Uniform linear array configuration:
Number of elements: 8
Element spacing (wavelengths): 0.25
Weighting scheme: hann
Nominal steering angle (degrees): -45
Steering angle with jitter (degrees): -44.816
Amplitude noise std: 0.05
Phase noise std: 0.05

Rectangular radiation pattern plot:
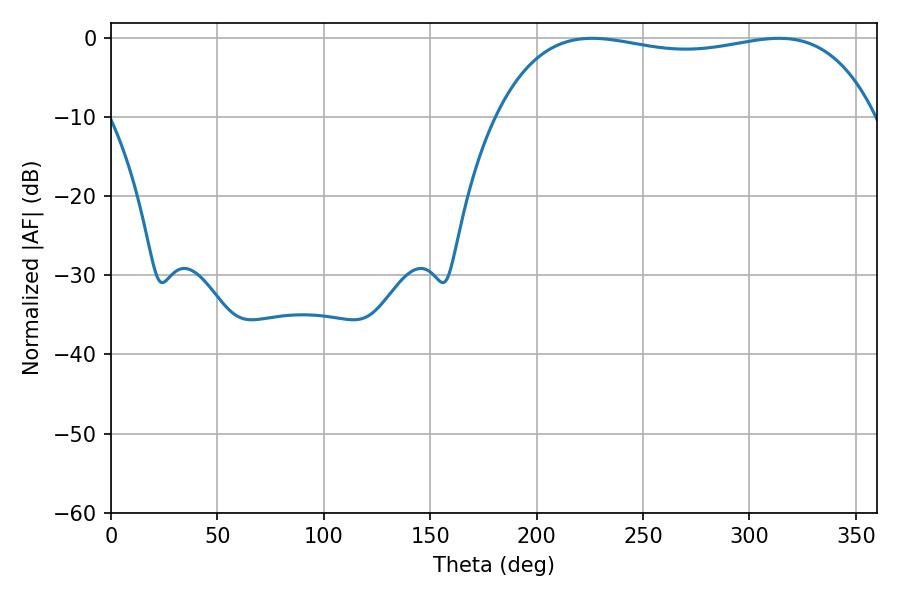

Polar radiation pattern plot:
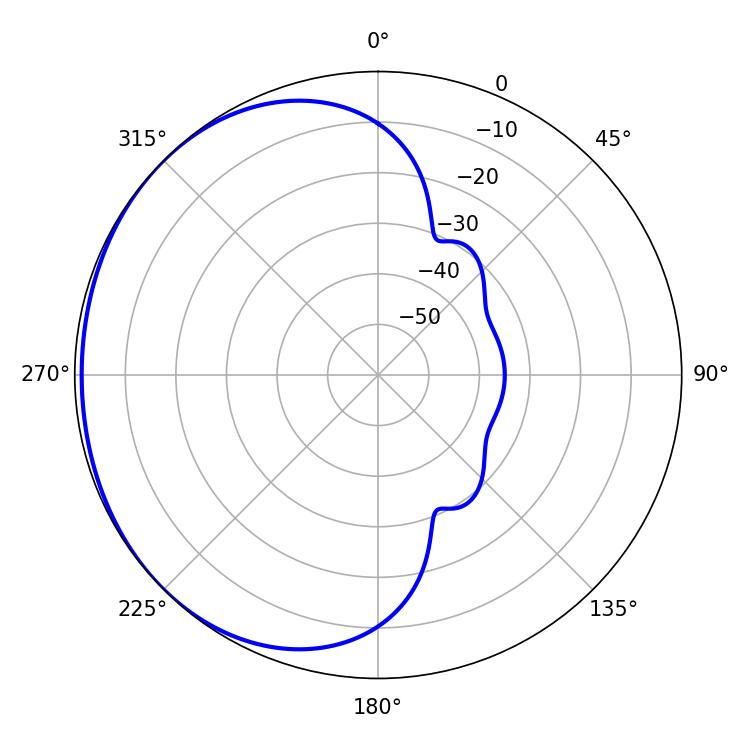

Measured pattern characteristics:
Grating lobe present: FALSE
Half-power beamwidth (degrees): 143.64
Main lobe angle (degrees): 313.92